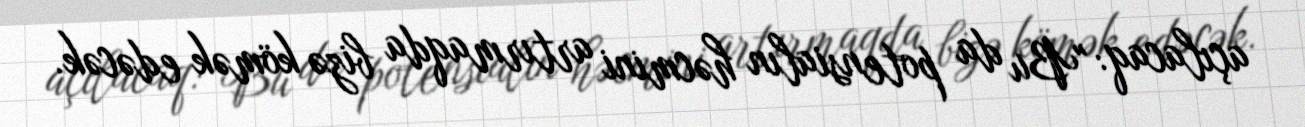
açılacaq: "Bu da potensialın həcmini artırmaqda bizə kömək edəcək.